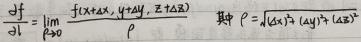
$\frac{\partial f}{\partial l}=\lim_{\rho \to 0} \frac{f(x+\Delta x, y+\Delta y, z+\Delta z)}{\rho} \quad 其中 \rho=\sqrt{(\Delta x)^{2}+(\Delta y)^{2}+(\Delta z)^{2}}$